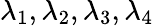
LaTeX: \lambda_{1},\lambda_{2},\lambda_{3},\lambda_{4}